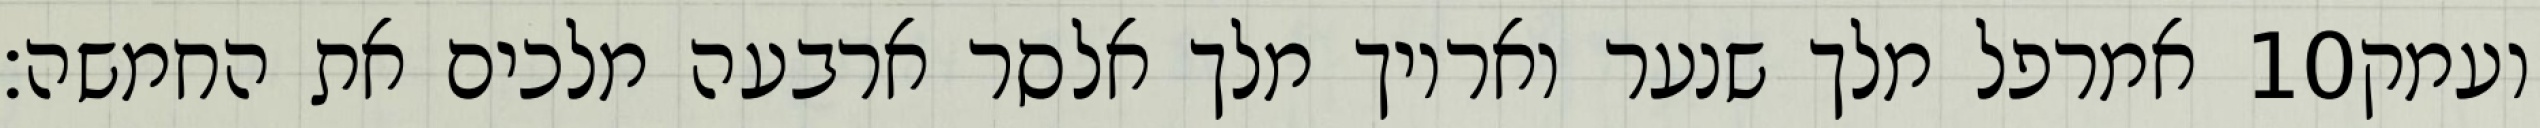
אמרפל מלך שנער ואריוך מלך אלסר ארבעה מלכים את החמשה׃ ‎10‏ ועמק